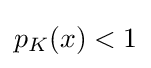
{\textstyle p_{K}(x)<1}